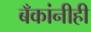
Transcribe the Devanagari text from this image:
बँकांनीही